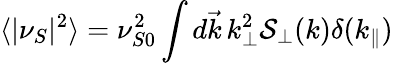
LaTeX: \langle|\nu_{S}|^{2}\rangle=\nu_{S0}^{2}\int d\vec{k}\, k_{\perp}^{2}\mathcal{S}_{\perp}(k)\delta(k_{\| })